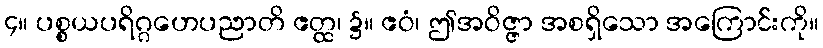
၄။ ပစ္စယပရိဂ္ဂဟေပညာတိ ဧတ္ထ၊ ၌။ ဧဝံ၊ ဤအဝိဇ္ဇာ အစရှိသော အကြောင်းကို။